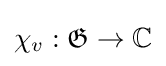
\chi _{v}:{\mathfrak {G}}\rightarrow \mathbb {C}